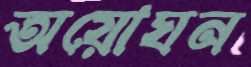
অয়োঘন